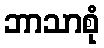
ဘာသာစုံ